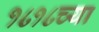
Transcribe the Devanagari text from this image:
१८१८च्या